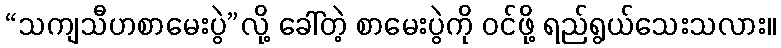
“သကျသီဟစာမေးပွဲ”လို့ ခေါ်တဲ့ စာမေးပွဲကို ဝင်ဖို့ ရည်ရွယ်သေးသလား။